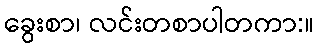
ခွေးစာ၊ လင်းတစာပါတကာ:။